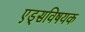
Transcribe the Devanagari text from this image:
एड्‌सविषयक